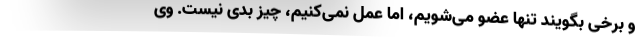
و برخی بگویند تنها عضو می‌شویم، اما عمل نمی‌کنیم، چیز بدی نیست. وی